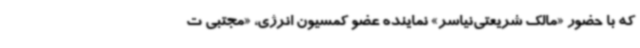
که با حضور «مالک شریعتی‌نیاسر» نماینده عضو کمسیون انرژی، «مجتبی ت